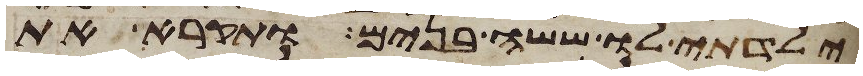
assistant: ילדתי לו ששה בנים ותקרא את